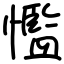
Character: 懢